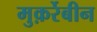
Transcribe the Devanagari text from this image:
मुक़र्रेबीन